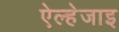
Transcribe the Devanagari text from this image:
ऐल्हेजाइ